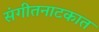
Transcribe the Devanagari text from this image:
संगीतनाटकात